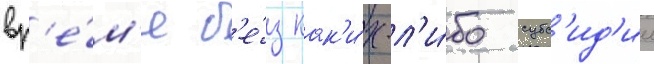
вр'е́м'я б'е́з как'и́х-л'и́бо субс'ид'ии